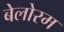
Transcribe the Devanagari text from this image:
बेलोरम